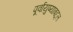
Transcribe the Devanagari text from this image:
पूर्वायुष्याबद्दल